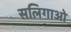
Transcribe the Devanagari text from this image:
सलिगाओ